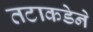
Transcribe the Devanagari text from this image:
तटाकडेने